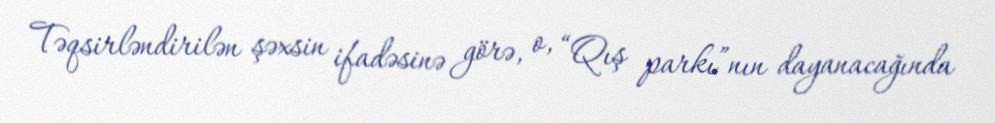
Təqsirləndirilən şəxsin ifadəsinə görə, o, “Qış parkı”nın dayanacağında